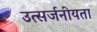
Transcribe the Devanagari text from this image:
उत्सर्जनीयता